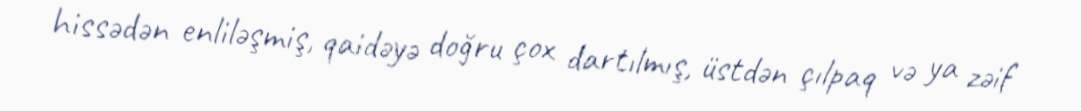
hissədən enliləşmiş, qaidəyə doğru çox dartılmış, üstdən çılpaq və ya zəif